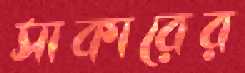
সাকারের